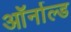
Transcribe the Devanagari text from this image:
ऑर्नाल्ड